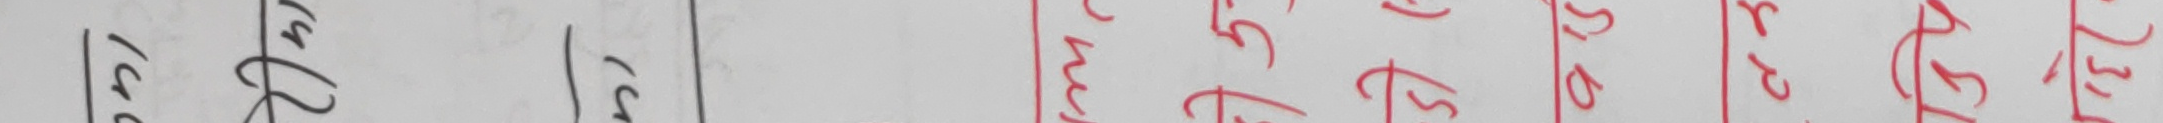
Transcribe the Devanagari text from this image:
क) १८२